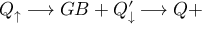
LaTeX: Q _ { \uparrow } \longrightarrow G B + Q _ { \downarrow } ^ { \prime } \longrightarrow Q +